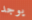
يوجد